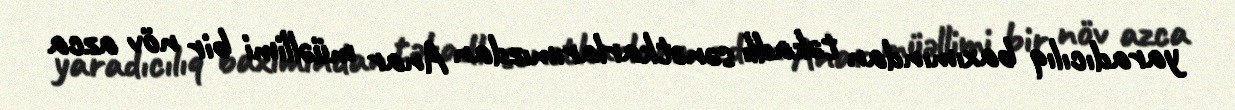
yaradıcılıq baxımından təkadlı sənətkarlarımızdan Anar müəllimi bir növ azca